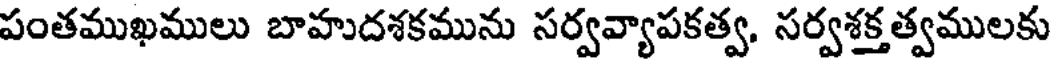
పంతముఖములు బాహుదశకమును సర్వవ్యాపకత్వ, సర్వశక్తత్వములకు